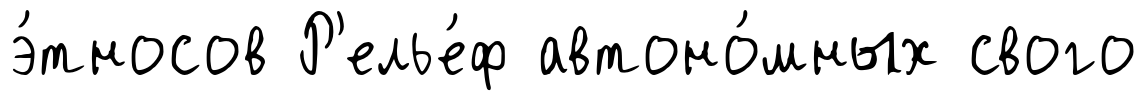
э́тносов Р'елье́ф автоно́мных свого